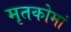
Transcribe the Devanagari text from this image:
मृतकोमां